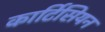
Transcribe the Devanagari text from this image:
कार्टिसियन